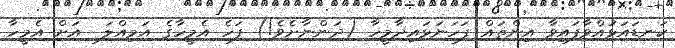
ކަނޑައަޅުއްވާފައިވާ އިންތައް ފަހަނަޅައިދާމީހާ (ދަންނާށެވެ!) ފަހެ އެމީހާގެ އަމިއްލަ  އަށް އެމީހާ